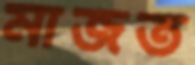
মাজত